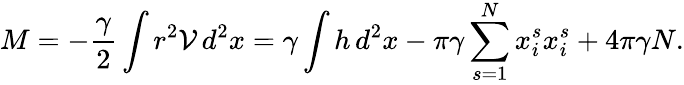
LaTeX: M=-\frac{\gamma}{2}\int r^{2}\mathcal{V}\, d^{2}x=\gamma\int h\, d^{2}x-\pi\gamma\sum_{s=1}^{N}x_{i}^{s}x_{i}^{s}+4\pi\gamma N.